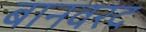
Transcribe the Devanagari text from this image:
बानवरद